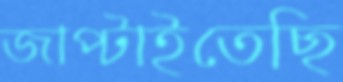
জাপ্‌টাইতেছি